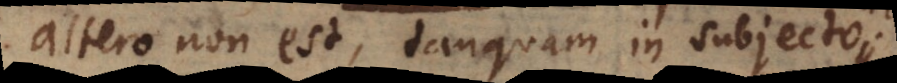
altero non est, tanquam in subjecto